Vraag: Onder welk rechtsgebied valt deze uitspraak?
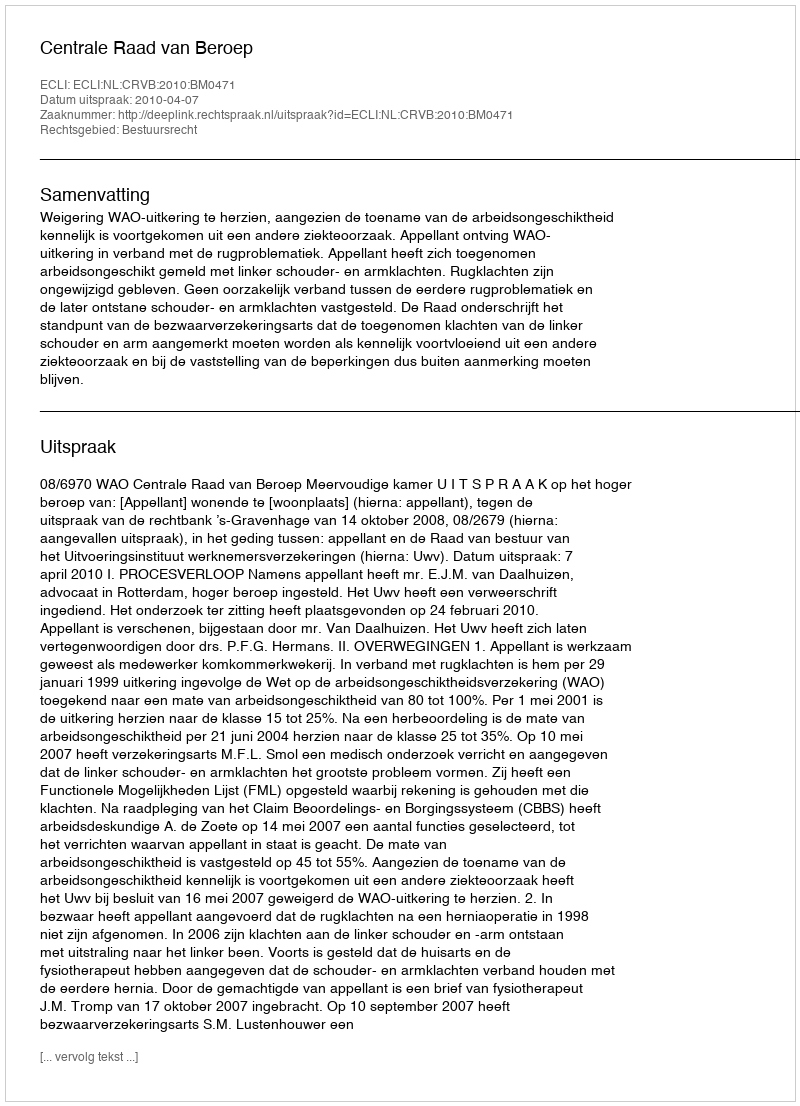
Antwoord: Bestuursrecht